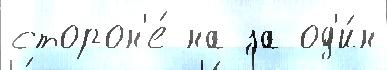
сторон'е́ на за од'и́н